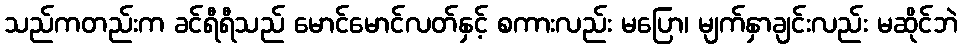
သည်ကတည်းက ခင်ရီရီသည် မောင်မောင်လတ်နှင့် စကားလည်း မပြော၊ မျက်နှာချင်းလည်း မဆိုင်ဘဲ